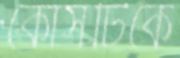
কোর্সটিকে